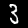
Label: 3